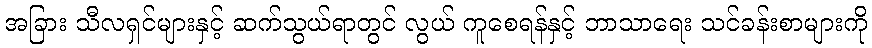
အခြား သီလရှင်များနှင့် ဆက်သွယ်ရာတွင် လွယ် ကူစေရန်နှင့် ဘာသာရေး သင်ခန်းစာများကို